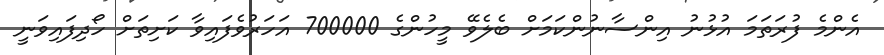
އެންމެ ފުރަތަމަ އުޅުނު އިންސާނުންކަމަށް ބެލެވޭ މީހުންގެ 700000 އަހަރުވެފައިވާ ކަށިތަށް ހޯދިފައިވަނީ